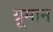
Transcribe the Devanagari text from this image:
ग्रूमान